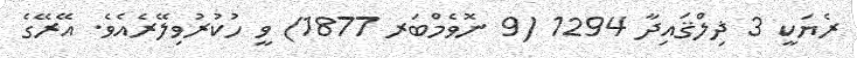
ރެޔަކީ 3 ޛިލްޤައިދާ 1294 (9 ނޮވެމްބަރ 1877) ވީ ހުކުރުވިލޭރެއެވެ. އޭރޭގެ